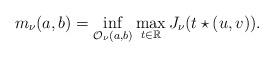
LaTeX: \begin{align*}m_\nu(a,b)=\inf_{\mathcal{O}_\nu(a,b)}\max_{t\in\mathbb{R}}J_\nu(t\star(u,v)).\end{align*}